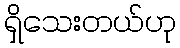
ရှိသေးတယ်ဟု